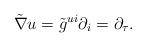
LaTeX: \begin{align*} \tilde{\nabla} u=\tilde{g}^{u i}\partial _i=\partial_\tau.\end{align*}